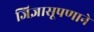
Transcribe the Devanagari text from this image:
जिज्ञासूपणाने